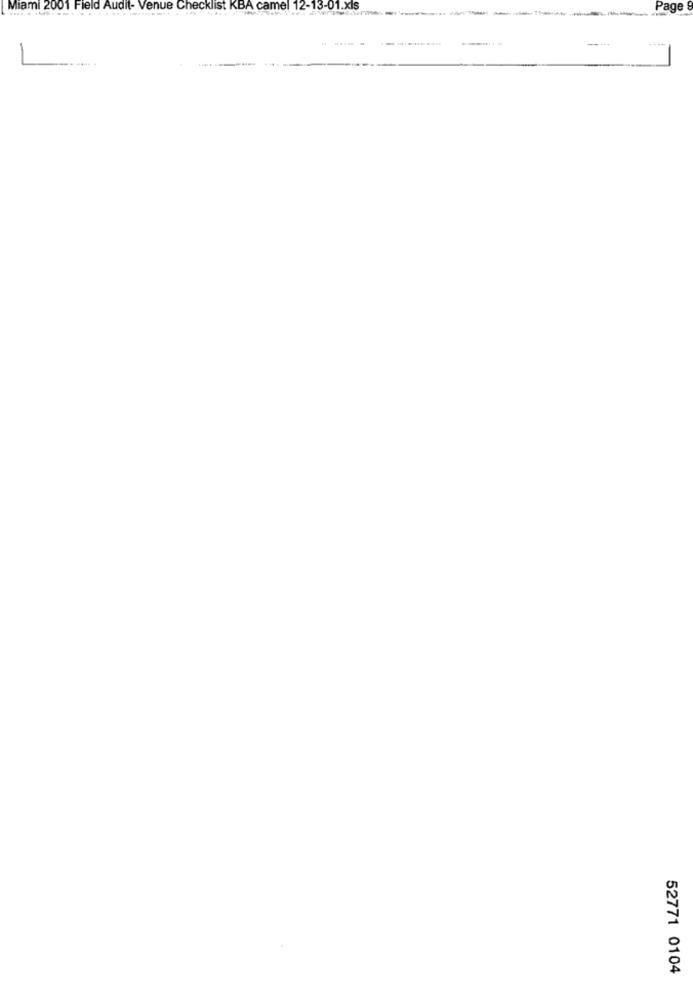
Miami 2001 Field Audit- Venue Checklist KBA camel 12-13-01.xls
--
Page
.-... .
----
----
1
52771 0104